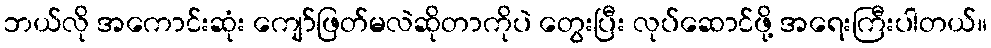
ဘယ်လို အကောင်းဆုံး ကျော်ဖြတ်မလဲဆိုတာကိုပဲ တွေးပြီး လုပ်ဆောင်ဖို့ အရေးကြီးပါတယ်။